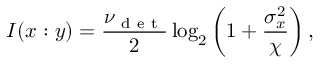
I ( x : y ) = \frac { \nu _ { \mathrm { ~ d ~ e ~ t ~ } } } { 2 } \log _ { 2 } \left( 1 + \frac { \sigma _ { x } ^ { 2 } } { \chi } \right) ,